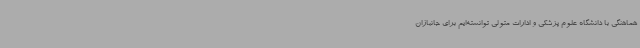
هماهنگی با دانشگاه علوم پزشکی و ادارات متولی توانسته‌ایم برای جانبازان